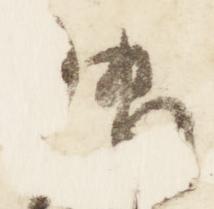
御